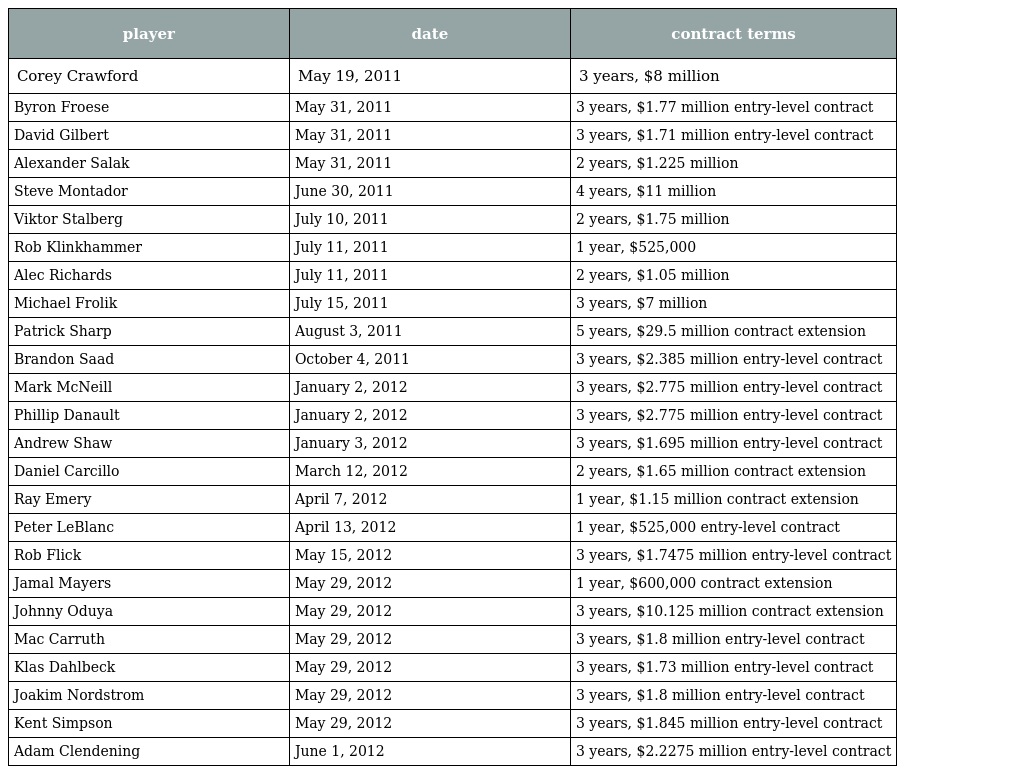
| player | date | contract terms |
 | --- | --- | --- |
 | Corey Crawford | May 19, 2011 | 3 years, $8 million |
 | Byron Froese | May 31, 2011 | 3 years, $1.77 million entry-level contract |
 | David Gilbert | May 31, 2011 | 3 years, $1.71 million entry-level contract |
 | Alexander Salak | May 31, 2011 | 2 years, $1.225 million |
 | Steve Montador | June 30, 2011 | 4 years, $11 million |
 | Viktor Stalberg | July 10, 2011 | 2 years, $1.75 million |
 | Rob Klinkhammer | July 11, 2011 | 1 year, $525,000 |
 | Alec Richards | July 11, 2011 | 2 years, $1.05 million |
 | Michael Frolik | July 15, 2011 | 3 years, $7 million |
 | Patrick Sharp | August 3, 2011 | 5 years, $29.5 million contract extension |
 | Brandon Saad | October 4, 2011 | 3 years, $2.385 million entry-level contract |
 | Mark McNeill | January 2, 2012 | 3 years, $2.775 million entry-level contract |
 | Phillip Danault | January 2, 2012 | 3 years, $2.775 million entry-level contract |
 | Andrew Shaw | January 3, 2012 | 3 years, $1.695 million entry-level contract |
 | Daniel Carcillo | March 12, 2012 | 2 years, $1.65 million contract extension |
 | Ray Emery | April 7, 2012 | 1 year, $1.15 million contract extension |
 | Peter LeBlanc | April 13, 2012 | 1 year, $525,000 entry-level contract |
 | Rob Flick | May 15, 2012 | 3 years, $1.7475 million entry-level contract |
 | Jamal Mayers | May 29, 2012 | 1 year, $600,000 contract extension |
 | Johnny Oduya | May 29, 2012 | 3 years, $10.125 million contract extension |
 | Mac Carruth | May 29, 2012 | 3 years, $1.8 million entry-level contract |
 | Klas Dahlbeck | May 29, 2012 | 3 years, $1.73 million entry-level contract |
 | Joakim Nordstrom | May 29, 2012 | 3 years, $1.8 million entry-level contract |
 | Kent Simpson | May 29, 2012 | 3 years, $1.845 million entry-level contract |
 | Adam Clendening | June 1, 2012 | 3 years, $2.2275 million entry-level contract |